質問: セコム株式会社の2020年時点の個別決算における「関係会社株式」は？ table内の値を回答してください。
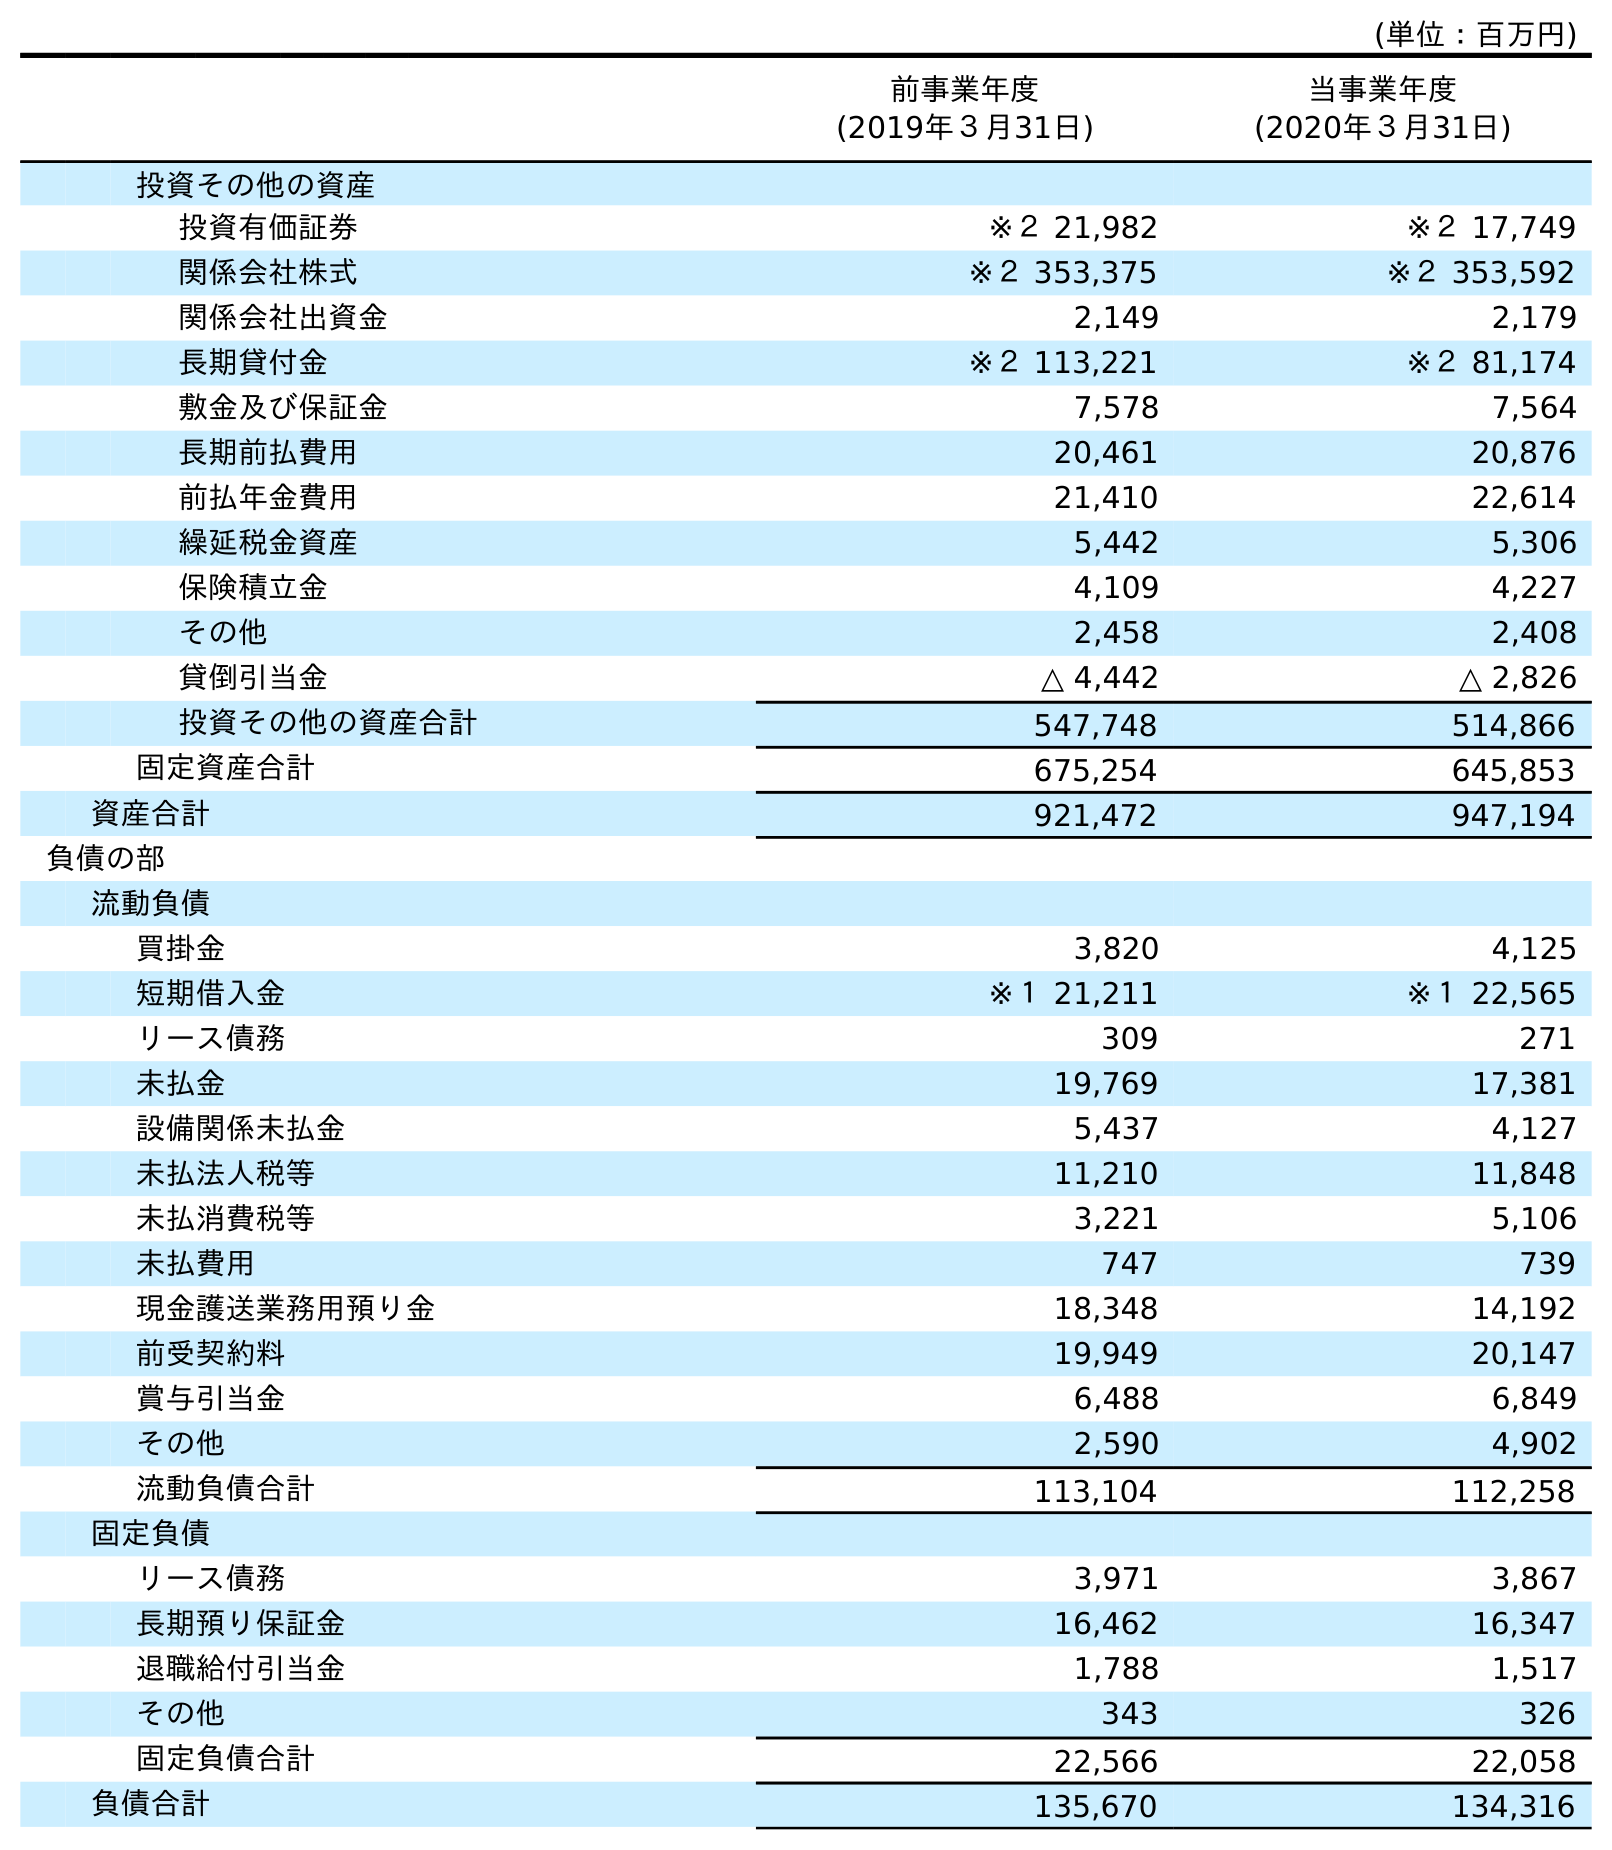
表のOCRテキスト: (単位：百万円) 前事業年度 (2019年３月31日) 当事業年度 (2020年３月31日) 投資その他の資産 投資有価証券 ※２ 21,982 ※２ 17,749 関係会社株式 ※２ 353,375 ※２ 353,592 関係会社出資金 2,149 2,179 長期貸付金 ※２ 113,221 ※２ 81,174 敷金及び保証金 7,578 7,564 長期前払費用 20,461 20,876 前払年金費用 21,410 22,614 繰延税金資産 5,442 5,306 保険積立金 4,109 4,227 その他 2,458 2,408 貸倒引当金 △ 4,442 △ 2,826 投資その他の資産合計 547,748 514,866 固定資産合計 675,254 645,853 資産合計 921,472 947,194 負債の部 流動負債 買掛金 3,820 4,125 短期借入金 ※１ 21,211 ※１ 22,565 リース債務 309 271 未払金 19,769 17,381 設備関係未払金 5,437 4,127 未払法人税等 11,210 11,848 未払消費税等 3,221 5,106 未払費用 747 739 現金護送業務用預り金 18,348 14,192 前受契約料 19,949 20,147 賞与引当金 6,488 6,849 その他 2,590 4,902 流動負債合計 113,104 112,258 固定負債 リース債務 3,971 3,867 長期預り保証金 16,462 16,347 退職給付引当金 1,788 1,517 その他 343 326 固定負債合計 22,566 22,058 負債合計 135,670 134,316
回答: ※２353,592